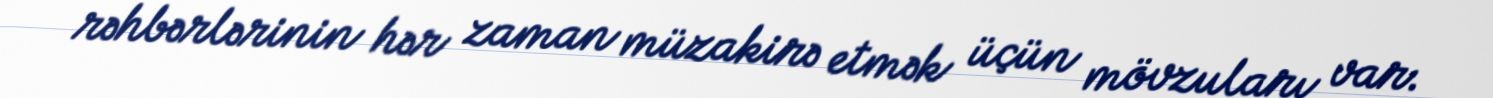
rəhbərlərinin hər zaman müzakirə etmək üçün mövzuları var.